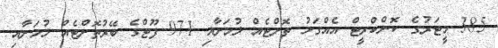
385 މީޓަރުގެ ކޮންކްރީޓް އެއްގަމު ތޮށްޓެއް ލުމަށާއި 971 ފޫޓްގެ ބޭރުތޮށްޓެއް ލުމަށާއި